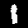
Label: 1